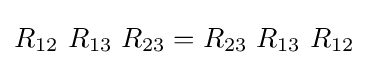
R_{12}\ R_{13}\ R_{23}=R_{23}\ R_{13}\ R_{12}